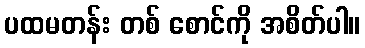
ပထမတန်း တစ် စောင်ကို အစိတ်ပါ။